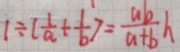
1 \div ( \frac { 1 } { a } + \frac { 1 } { b } ) = \frac { a b } { a + b } h